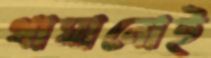
থামানোই